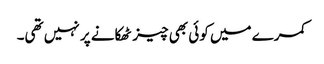
کمرے میں کوئی بھی چیز ٹھکانے پر نہیں تھی۔